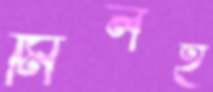
মিলই